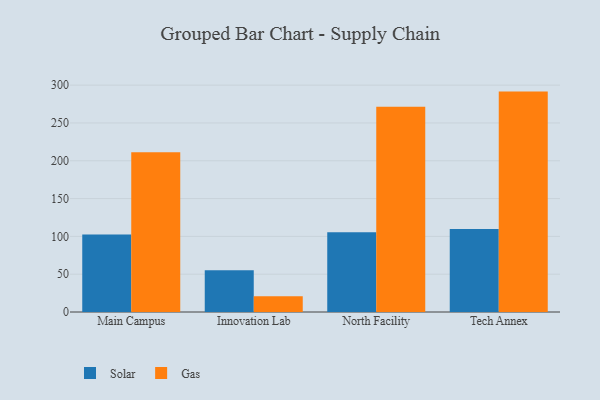
{"axis": {"x": "Campus", "y": "Page Views"}, "legend": ["Gas", "Solar"], "data": [{"x": "Main Campus", "y": 102.6, "type": "Solar"}, {"x": "Main Campus", "y": 211.3, "type": "Gas"}, {"x": "Innovation Lab", "y": 55.2, "type": "Solar"}, {"x": "Innovation Lab", "y": 20.7, "type": "Gas"}, {"x": "North Facility", "y": 105.6, "type": "Solar"}, {"x": "North Facility", "y": 271.5, "type": "Gas"}, {"x": "Tech Annex", "y": 109.9, "type": "Solar"}, {"x": "Tech Annex", "y": 291.5, "type": "Gas"}]}